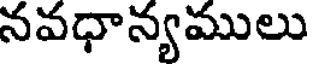
నవధాన్యములు